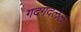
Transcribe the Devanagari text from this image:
गदगदलेलं